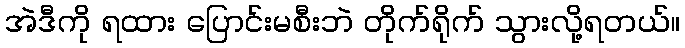
အဲဒီကို ရထား ပြောင်းမစီးဘဲ တိုက်ရိုက် သွားလို့ရတယ်။